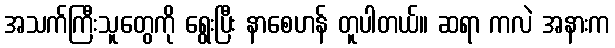
အသက်ကြီးသူတွေကို ရွေးပြီး နာစေဟန် တူပါတယ်။ ဆရာ ကလဲ အနားက